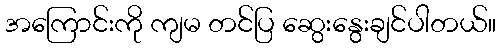
အကြောင်းကို ကျမ တင်ပြ ဆွေးနွေးချင်ပါတယ်။